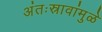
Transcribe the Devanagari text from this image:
अंतःस्रावांमुळे